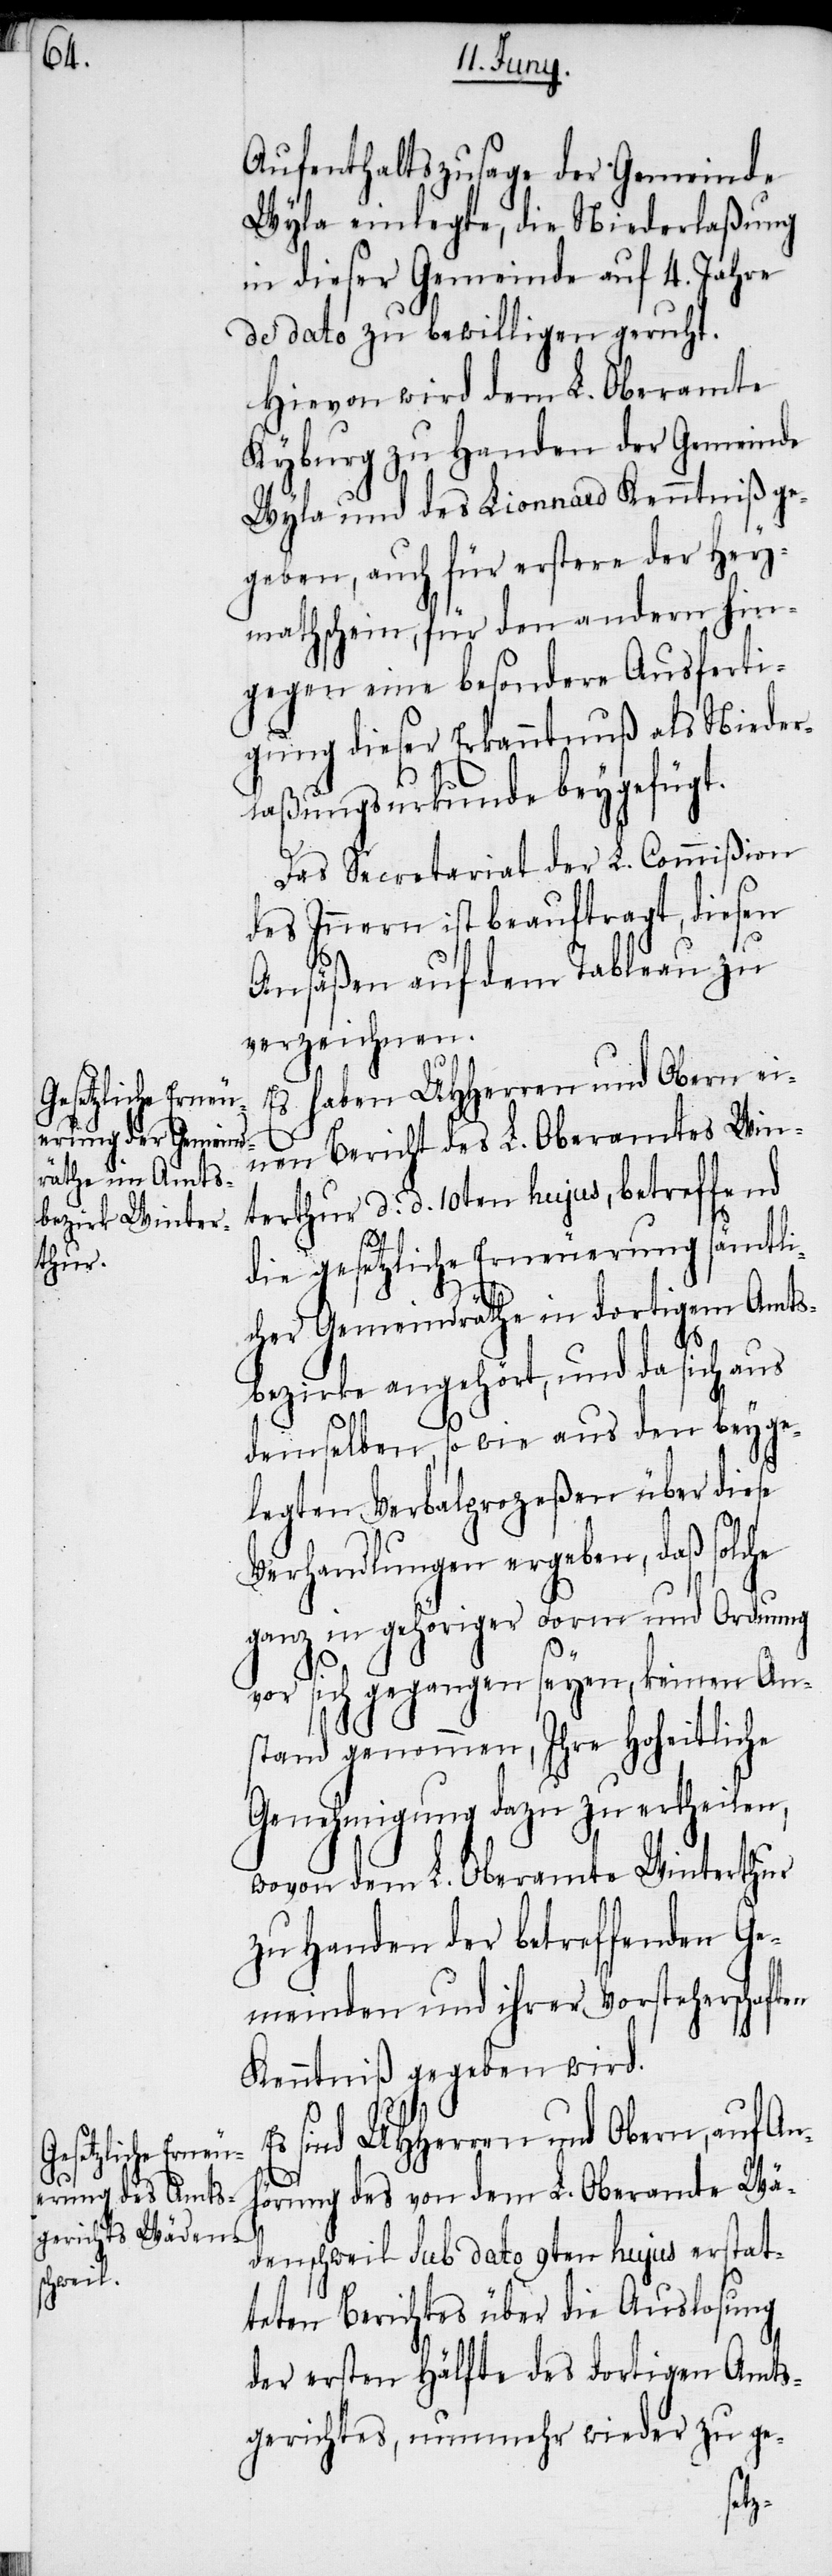
Aufenthaltszusage der Gemeinde
Wyla einlegte, die Niederlaßung
in dieser Gemeinde auf 4. Jahre
de dato zu bewilligen geruht.
Hievon wird dem L. Oberamte
Kyburg zu Handen der Gemeinde
Wyla und des Lionnard Kenntniß ge¬
geben, auch für erstere der Hey¬
mathschein, für den andern hin¬
gegen eine besondere Ausferti¬
gung dieser Erkanntnuß als Nieder¬
laßungsurkunde beygefügt.
Das Secretariat der L. Commißion
des Innern ist beauftragt, diesen
Ansäßen auf dem Tableau zu
verzeichnen.
Es haben UHHerren und Obern ei¬
nen Bericht des L. Oberamtes Win¬
terthur d. d. 10ten hujus, betreffend
die gesetzliche Erneuerung sämtli¬
cher Gemeindräthe in dortigem Amts¬
bezirke angehört, und da sich aus
demselben, so wie aus den beyge¬
legten Verbalprozeßen über diese
Verhandlungen ergeben, daß solche
ganz in gehöriger Form und Ordnung
vor sich gegangen seyen, keinen An¬
stand genommen, Ihre Hoheitliche
Genehmigung dazu zu ertheilen,
wovon dem L. Oberamte Winterthur
zu Handen der betreffenden Ge¬
meinden und ihrer Vorsteherschaften
Kenntniß gegeben wird.
sind UHHerren und Obern, auf Anh¬
örung des von dem L. Oberamte Wä¬
denschweil sub dato 9ten hujus erstat¬
teten Berichtes über die Auslosung
der ersten Hälfte des dortigen Amts¬
gerichtes, nunmehr wieder zu ge-